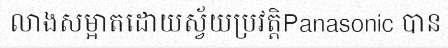
លាងសម្អាតដោយស្វ័យប្រវត្តិPanasonic បាន